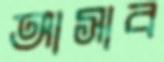
আসাব